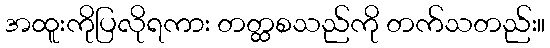
အထူးကိုပြလိုရကား တတ္ထစသည်ကို တက်သတည်း။